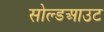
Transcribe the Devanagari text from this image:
सोल्डआउट